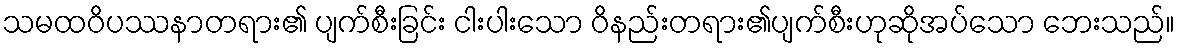
သမထဝိပဿနာတရား၏ ပျက်စီးခြင်း ငါးပါးသော ဝိနည်းတရား၏ပျက်စီးဟုဆိုအပ်သော ဘေးသည်။